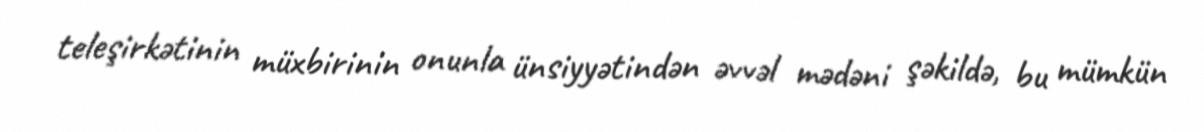
teleşirkətinin müxbirinin onunla ünsiyyətindən əvvəl mədəni şəkildə, bu mümkün